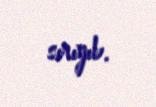
sırıyıb.